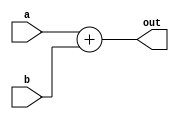
module adder_12bit
(
    input[11:0] a, b,
    output[11:0] out
);
    wire[12:0] full_out;
    assign full_out = a + b;
    assign out = full_out[11:0];
endmodule